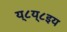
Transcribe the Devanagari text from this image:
य्८य्८इय